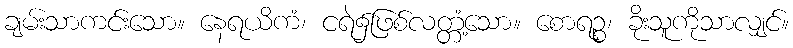
ချမ်းသာကင်းသော။ နေရယိကံ၊ ငရဲ၌ဖြစ်လတ္တံ့သော။ စောရဉ္စ၊ ခိုးသူကိုသာလျှင်။